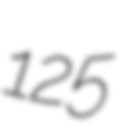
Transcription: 125